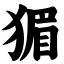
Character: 猸